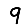
Digit: 9